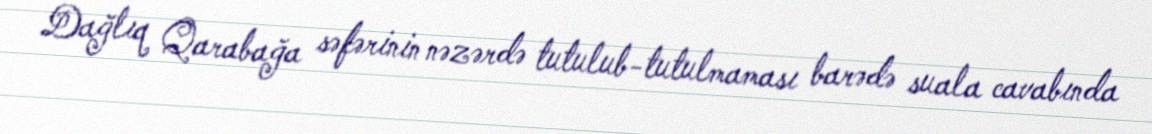
Dağlıq Qarabağa səfərinin nəzərdə tutulub-tutulmaması barədə suala cavabında